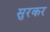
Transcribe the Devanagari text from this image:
सुरकर